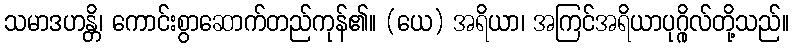
သမာဒဟန္တိ၊ ကောင်းစွာဆောက်တည်ကုန်၏။ (ယေ) အရိယာ၊ အကြင်အရိယာပုဂ္ဂိုလ်တို့သည်။